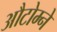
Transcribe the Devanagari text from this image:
औटोम्ने